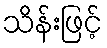
သိန်းဖြင့်